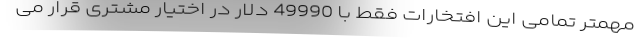
مهمتر تمامی این افتخارات فقط با 49990 دلار در اختیار مشتری قرار می